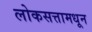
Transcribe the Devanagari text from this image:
लोकसत्तामधून